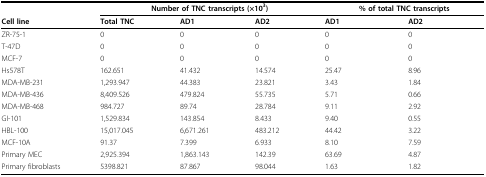
<table><thead><tr><td></td><td colspan="3"><b>Number of TNC transcripts (×10<sup>3</sup>)</b></td><td colspan="2"><b>% of total TNC transcripts</b></td></tr><tr><td><b>Cell line</b></td><td><b>Total TNC</b></td><td><b>AD1</b></td><td><b>AD2</b></td><td><b>AD1</b></td><td><b>AD2</b></td></tr></thead><tbody><tr><td>ZR-75-1</td><td>0</td><td>0</td><td>0</td><td>0</td><td>0</td></tr><tr><td>T-47D</td><td>0</td><td>0</td><td>0</td><td>0</td><td>0</td></tr><tr><td>MCF-7</td><td>0</td><td>0</td><td>0</td><td>0</td><td>0</td></tr><tr><td>Hs578T</td><td>162.651</td><td>41.432</td><td>14.574</td><td>25.47</td><td>8.96</td></tr><tr><td>MDA-MB-231</td><td>1,293.947</td><td>44.383</td><td>23.821</td><td>3.43</td><td>1.84</td></tr><tr><td>MDA-MB-436</td><td>8,409.526</td><td>479.824</td><td>55.735</td><td>5.71</td><td>0.66</td></tr><tr><td>MDA-MB-468</td><td>984.727</td><td>89.74</td><td>28.784</td><td>9.11</td><td>2.92</td></tr><tr><td>GI-101</td><td>1,529.834</td><td>143.854</td><td>8.433</td><td>9.40</td><td>0.55</td></tr><tr><td>HBL-100</td><td>15,017.045</td><td>6,671.261</td><td>483.212</td><td>44.42</td><td>3.22</td></tr><tr><td>MCF-10A</td><td>91.37</td><td>7.399</td><td>6.933</td><td>8.10</td><td>7.59</td></tr><tr><td>Primary MEC</td><td>2,925.394</td><td>1,863.143</td><td>142.39</td><td>63.69</td><td>4.87</td></tr><tr><td>Primary fibroblasts</td><td>5398.821</td><td>87.867</td><td>98.044</td><td>1.63</td><td>1.82</td></tr></tbody></table>